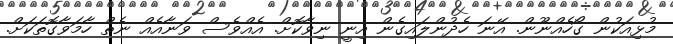
މުޅިއަކުން ގޯހެއްނޫން. އޭނަ ހެދުންލައިގެން އިނީ ނިވާކޮށް. އެއްވެސް ވަނާއެއް ނެތް ހާމަވާގޮތަކަށް.